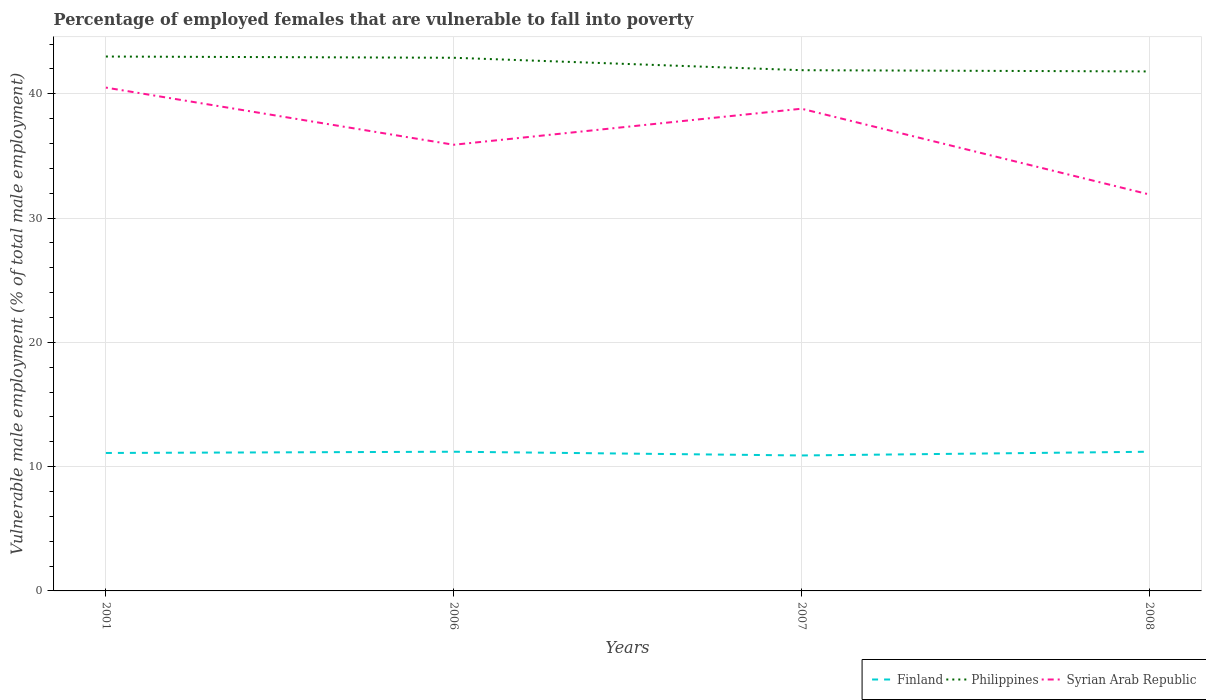
| Years | Finland | Philippines | Syrian Arab Republic |
 | --- | --- | --- | --- |
 | 2001 | 11.1 | 43 | 40.5 |
 | 2006 | 11.2 | 42.9 | 35.9 |
 | 2007 | 10.9 | 41.9 | 38.8 |
 | 2008 | 11.2 | 41.8 | 31.9 |